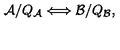
{ \cal A } / Q _ { \cal A } \Longleftrightarrow { \cal B } / Q _ { \cal B } ,